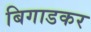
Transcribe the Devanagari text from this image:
बिगाडकर